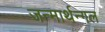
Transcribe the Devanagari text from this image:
जन्मार्थन्गल